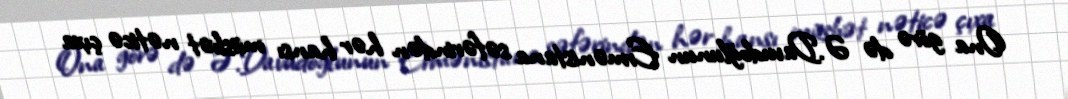
Ona görə də Ə.Davudoğlunun Ermənistana səfərindən hər hansı müsbət nəticə çıxa